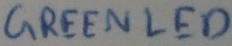
Text: GREENLED